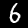
Digit: 6